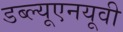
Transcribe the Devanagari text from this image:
डब्ल्यूएनयूवी